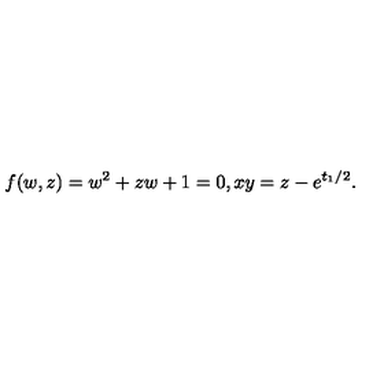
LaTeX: f ( w , z ) = w ^ { 2 } + z w + 1 = 0 , x y = z - e ^ { t _ { 1 } / 2 } .